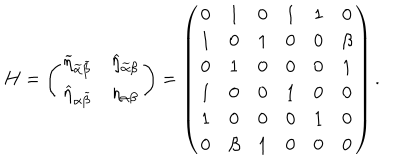
H = \left( \begin{array} { c c } { { \widetilde { \eta } _ { \widetilde { \alpha } \widetilde { \beta } } } } & { { \widehat { \eta } _ { \widetilde { \alpha } \beta } } } \\ { { \widehat { \eta } _ { \alpha \widetilde { \beta } } } } & { { \eta _ { \alpha \beta } } } \\ \end{array} \right) = \left( \begin{array} { c c c c c c } { { 0 } } & { { 1 } } & { { 0 } } & { { 1 } } & { { 1 } } & { { 0 } } \\ { { 1 } } & { { 0 } } & { { 1 } } & { { 0 } } & { { 0 } } & { { \beta } } \\ { { 0 } } & { { 1 } } & { { 0 } } & { { 0 } } & { { 0 } } & { { 1 } } \\ { { 1 } } & { { 0 } } & { { 0 } } & { { 1 } } & { { 0 } } & { { 0 } } \\ { { 1 } } & { { 0 } } & { { 0 } } & { { 0 } } & { { 1 } } & { { 0 } } \\ { { 0 } } & { { \beta } } & { { 1 } } & { { 0 } } & { { 0 } } & { { 0 } } \\ \end{array} \right) .